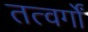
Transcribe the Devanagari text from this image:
तत्वर्गों